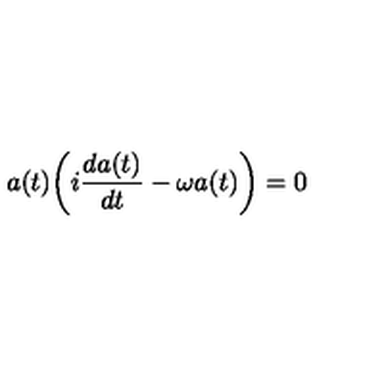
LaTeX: a ( t ) \biggl ( i { \frac { d a ( t ) } { d t } } - \omega a ( t ) \biggr ) = 0